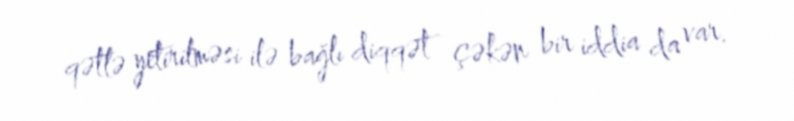
qətlə yetirilməsi ilə bağlı diqqət çəkən bir iddia da var.